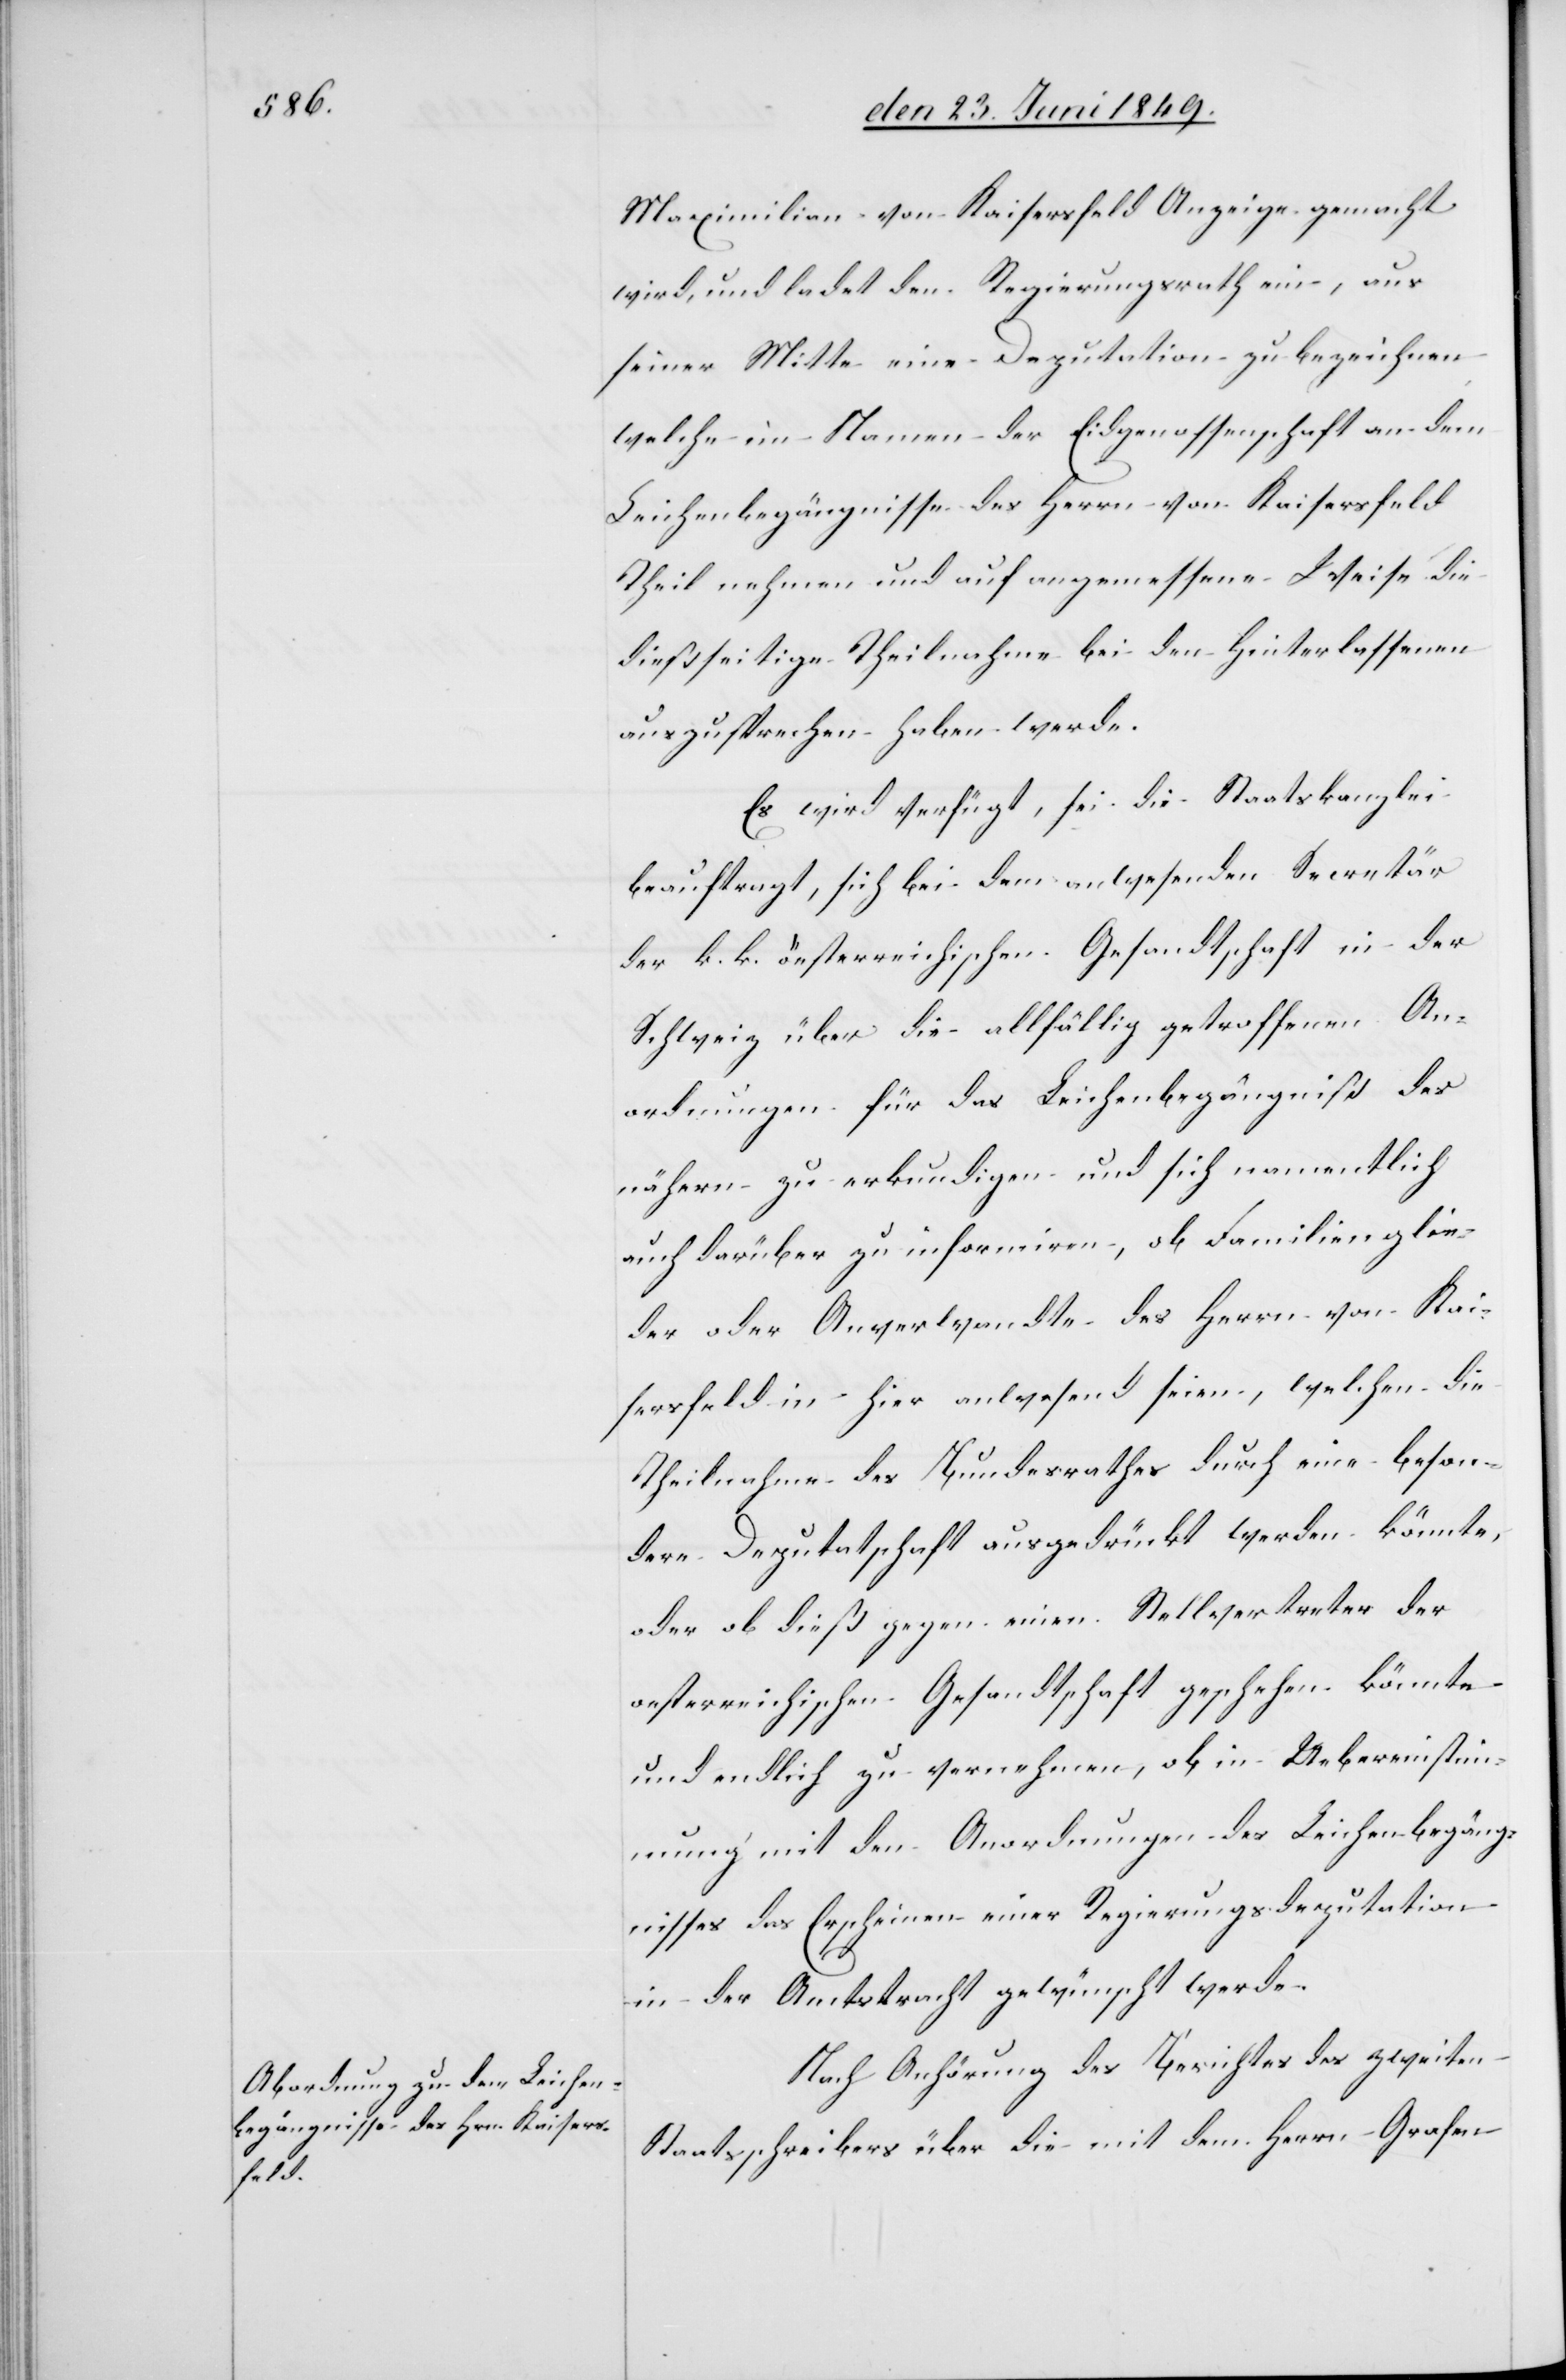
Actum

den 24. Juni 1849.]
Maximilian von Kaisersfeld Anzeige gemacht
wird, und ladet den Regierungsrath ein, aus
seiner Mitte eine Deputation zu bezeichnen
welche im Namen der Eidgenossenschaft an dem
Leichenbegängnisse des Herrn von Kaisersfeld
Theil nehmen und auf angemessene Weise die
dießseitige Theilnahme bei den hinterlassenen
auszusprechen haben werde.
Es wird verfügt, sei die Staatskanzlei
beauftragt, sich bei dem anwesenden Secretär
der k. k. öesterreichischen Gesandtschaft in der
Schweiz über die allfällig getroffenen An¬
ordnungen für das Leichenbegängniß des
nähern zu erkundigen und sich namentlich
auch darüber zu informiren, ob Familienglie¬
der oder Anverwandte des Herrn von Kai¬
sersfeld in hier anwesend seien, welchen die
Theilnahme des Bundesrathes durch eine beson¬
dere Deputatschaft ausgedrückt werden könnte,
oder ob dieß gegen einen Stellvertreter der
oesterreichischen Gesandtschaft geschehen könnte
und endlich zu vernehmen, ob in Uebereinstim¬
mung mit den Anordnungen des Leichenbegäng¬
nisses das Erscheinen einer Regierungsdeputation
in der Amtstracht gewünscht werde.
Nach Anhörung des Berichtes des zweiten
Staatsschreibers über die mit dem Herrn Grafen